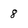
Character: 8